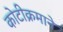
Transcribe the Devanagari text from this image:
कोटीक्रमाने